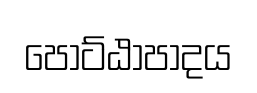
පොට්ඨාපාදය